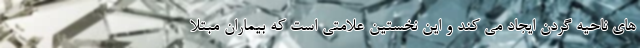
های ناحیه گردن ایجاد می کند و این نخستین علامتی است که بیماران مبتلا